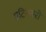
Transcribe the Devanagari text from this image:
एटिनबरो